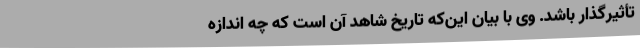
تأثیرگذار باشد. وی با بیان این‌که تاریخ شاهد آن است که چه اندازه